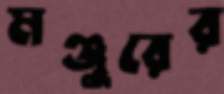
মঞ্জুরের